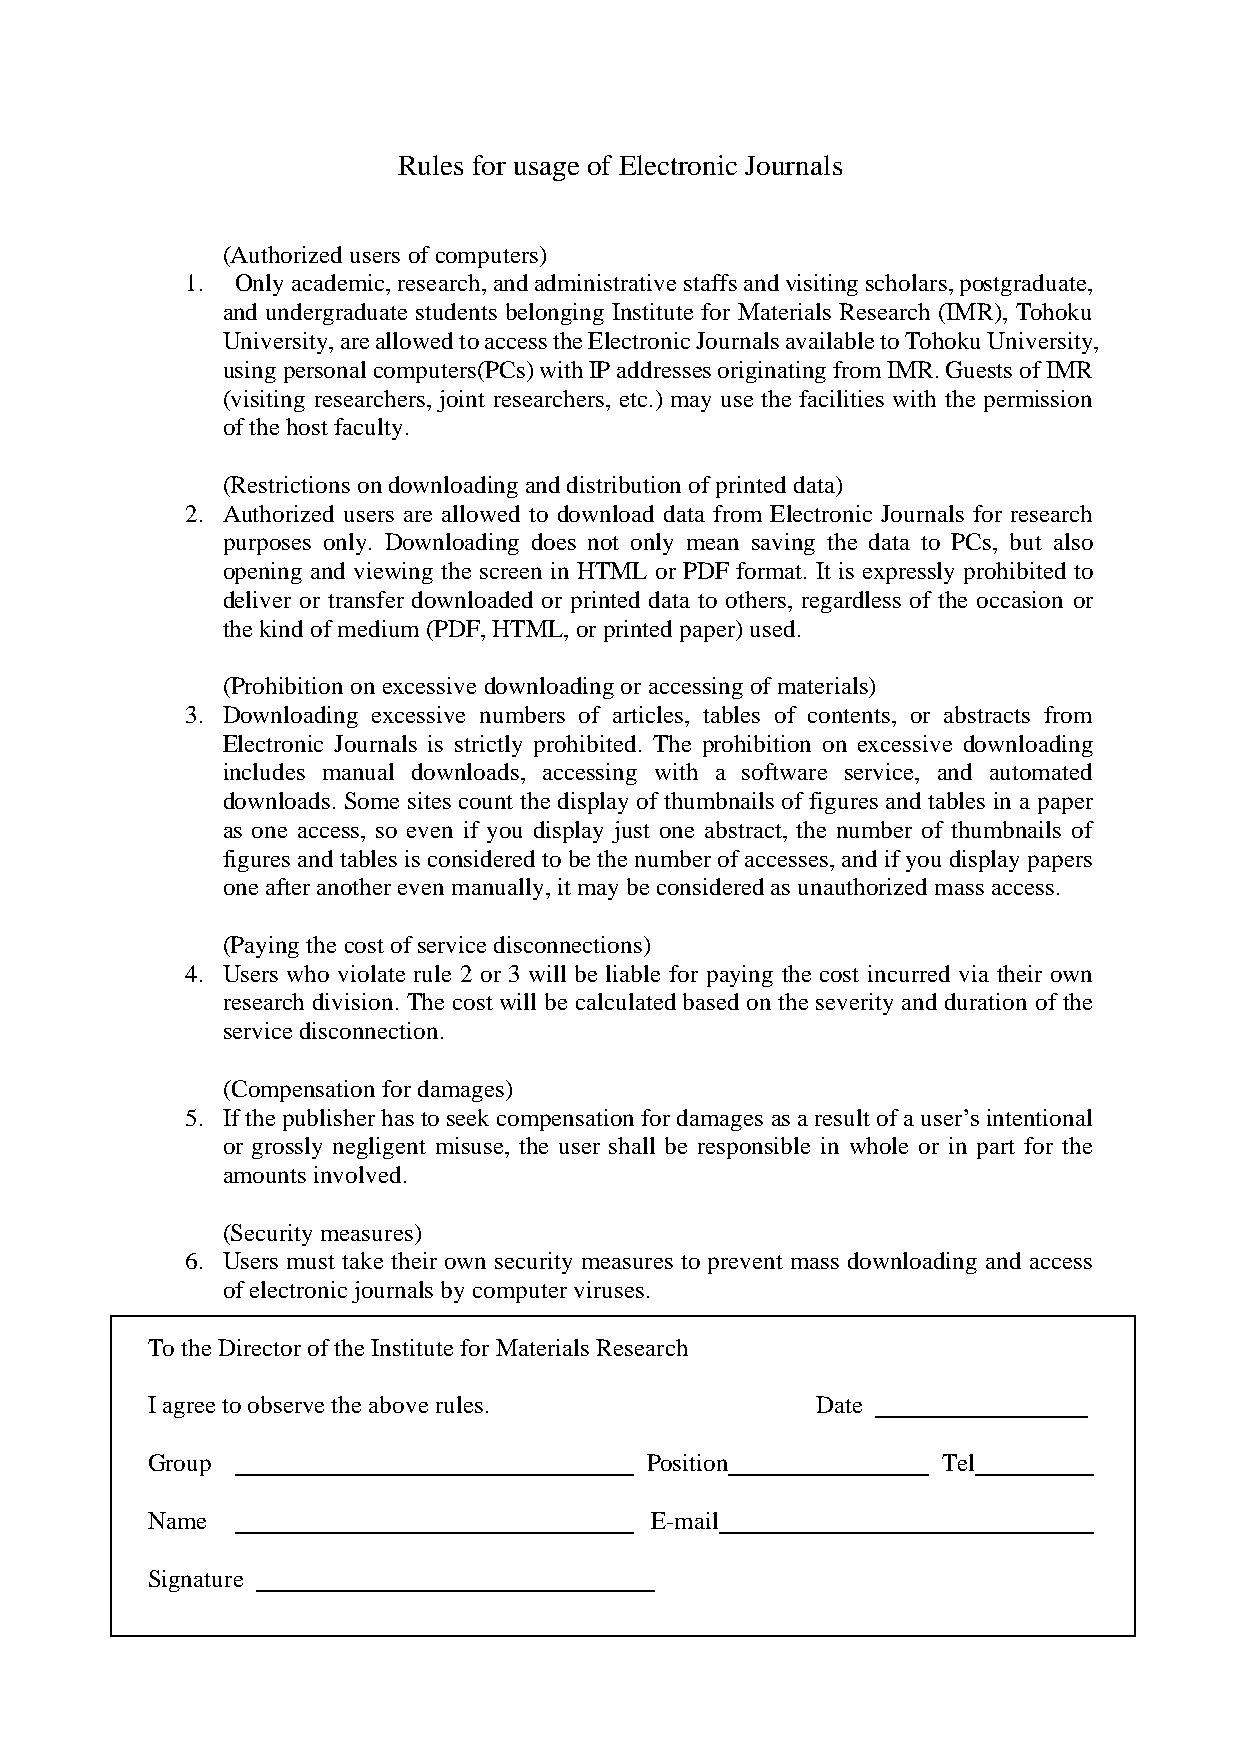
Rules for usage of Electronic Journals
 (Authorized users of computers)
 1.  Only academic, research, and administrative staffs and visiting scholars, postgraduate,
 and undergraduate students belonging Institute for Materials Research (IMR), Tohoku
 University, are allowed to access the Electronic Journals available to Tohoku University,
 using personal computers(PCs) with IP addresses originating from IMR. Guests of IMR
 (visiting researchers, joint researchers, etc.) may use the facilities with the permission
 of the host faculty.
 (Restrictions on downloading and distribution of printed data)
 2. Authorized users are allowed to download data from Electronic Journals for research
 purposes only. Downloading does not only mean saving the data to PCs, but also
 opening and viewing the screen in HTML or PDF format. It is expressly prohibited to
 deliver or transfer downloaded or printed data to others, regardless of the occasion or
 the kind of medium (PDF, HTML, or printed paper) used.
 (Prohibition on excessive downloading or accessing of materials)
 3. Downloading excessive numbers of articles, tables of contents, or abstracts from
 Electronic Journals is strictly prohibited. The prohibition on excessive downloading
 includes manual downloads, accessing with a software service, and automated
 downloads. Some sites count the display of thumbnails of figures and tables in a paper
 as one access, so even if you display just one abstract, the number of thumbnails of
 figures and tables is considered to be the number of accesses, and if you display papers
 one after another even manually, it may be considered as unauthorized mass access.
 (Paying the cost of service disconnections)
 4. Users who violate rule 2 or 3 will be liable for paying the cost incurred via their own
 research division. The cost will be calculated based on the severity and duration of the
 service disconnection.
 (Compensation for damages)
 5. If the publisher has to seek compensation for damages as a result of a user’s intentional
 or grossly negligent misuse, the user shall be responsible in whole or in part for the
 amounts involved.
 (Security measures)
 6. Users must take their own security measures to prevent mass downloading and access
 of electronic journals by computer viruses.
 To the Director of the Institute for Materials Research
 I agree to observe the above rules.         Date
 Group                            Position           Tel
 Name                             E-mail
 Signature